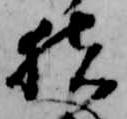
猪